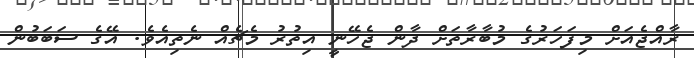
ރާއްޖެއަށް މިފަހަރުގެ މުބާރާތަށް ދާން ޖެހޭނީ އިތުރު މެޗެއް ނެތިއެވެ. އޭގެ ސަބަބުން